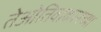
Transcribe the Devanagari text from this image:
तेओतिवाकानच्या